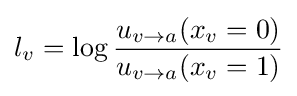
l_{v}=\log {\frac {u_{v\to a}(x_{v}=0)}{u_{v\to a}(x_{v}=1)}}